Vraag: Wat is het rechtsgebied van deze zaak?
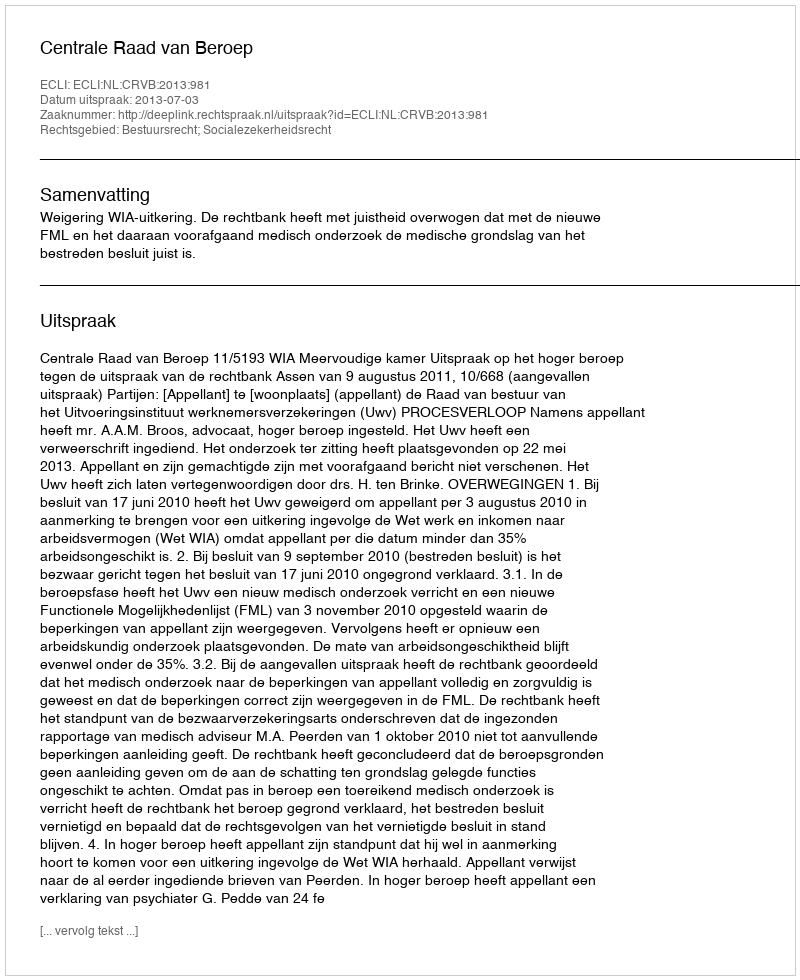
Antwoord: Bestuursrecht; Socialezekerheidsrecht